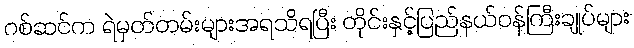
ဂစ်ဆင်က ရဲမှတ်တမ်းများအရသိရပြီး တိုင်းနှင့်ပြည်နယ်ဝန်ကြီးချုပ်များ